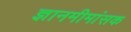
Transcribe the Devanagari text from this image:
ज्ञानमीमांसक